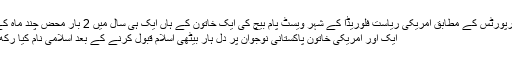
میڈیارپورٹس کے مطابق امریکی ریاست فلوریڈا کے شہر ویسٹ پام بیچ کی ایک خاتون کے ہاں ایک ہی سال میں 2 بار محض چند ماہ کے ...
ایک اور امریکی خاتون پاکستانی نوجوان پر دل ہار بیٹھی اسلام قبول کرنے کے بعد اسلامی نام کیا رکھ لیا ؟